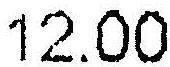
12.00